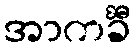
အာကင်္ခီ